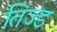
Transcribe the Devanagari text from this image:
तिज्ड